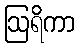
ဩရိကာ